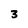
Character: 3